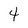
Character: 4